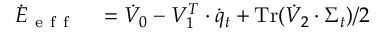
\begin{array} { r l } { \dot { E } _ { \mathrm { ~ e ~ f ~ f ~ } } } & { { } = \dot { V } _ { 0 } - V _ { 1 } ^ { T } \cdot \dot { q } _ { t } + \operatorname { T r } ( \dot { V } _ { 2 } \cdot \Sigma _ { t } ) / 2 } \end{array}